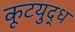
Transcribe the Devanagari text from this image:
कूटयुद्ध